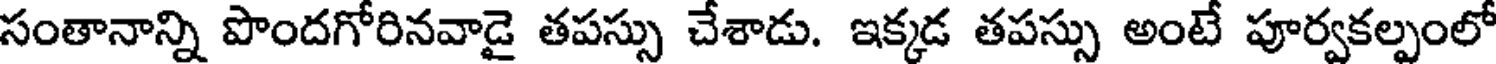
సంతానాన్ని పొందగోరినవాడై తపస్సు చేశాడు. ఇక్కడ తపస్సు అంటే పూర్వకల్పంలో